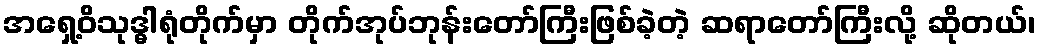
အရှေ့ဝိသုဒ္ဓါရုံတိုက်မှာ တိုက်အုပ်ဘုန်းတော်ကြီးဖြစ်ခဲ့တဲ့ ဆရာတော်ကြီးလို့ ဆိုတယ်၊